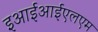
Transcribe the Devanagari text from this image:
इआईआईएलएम